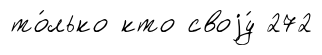
то́лько кто своjу́ 272